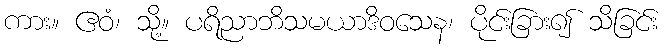
ကား။ ဧဝံ၊ သို့။ ပရိညာဘိသမယာဒိဝသေန၊ ပိုင်းခြား၍ သိခြင်း